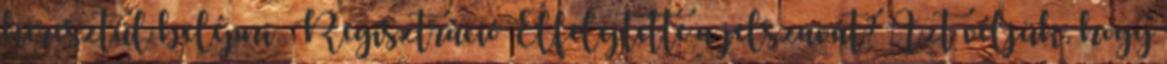
keresztül belépni: Regisztráció Elfelejtette a jelszavát? Azt véljük, hogy